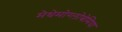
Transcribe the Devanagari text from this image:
मेथेमोग्लोबेमिया